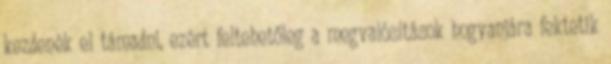
kezdenék el támadni, ezért feltehetőleg a megvalósítások hogyanjára fektetik